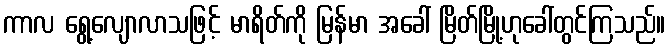
ကာလ ရွေ့လျောလာသဖြင့် မာရိတ်ကို မြန်မာ အခေါ် မြိတ်မြို့ဟုခေါ်တွင်ကြသည်။